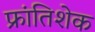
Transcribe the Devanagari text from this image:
फ्रांतिशेक